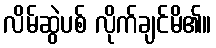
လိမ်ဆွဲပစ် လိုက်ချင်မိ၏။